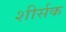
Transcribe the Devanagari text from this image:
शीर्सक